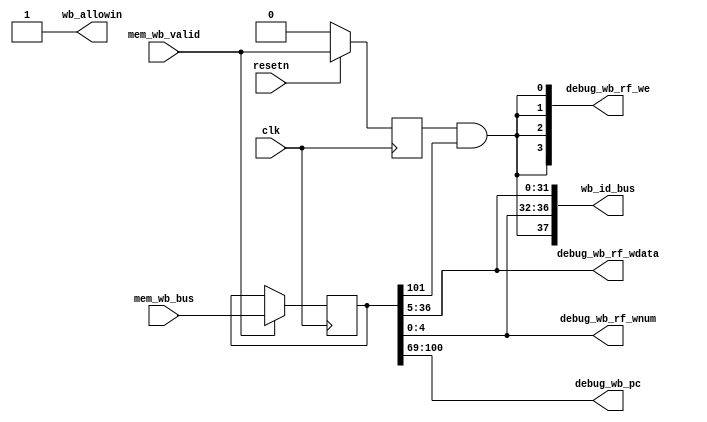
//
module WB (
    input           clk,
    input           resetn,
    //MEM
    output          wb_allowin,
    input           mem_wb_valid,
    input   [101:0] mem_wb_bus,
    //ID
    output  [ 37:0] wb_id_bus,
    //debug
    output  [ 31:0] debug_wb_pc,
    output  [  3:0] debug_wb_rf_we,
    output  [  4:0] debug_wb_rf_wnum,
    output  [ 31:0] debug_wb_rf_wdata
);
    //
    reg             wb_valid;
    reg     [101:0] mem_wb_bus_vld;
    wire            wb_ready_go;
    wire            gr_we;
    wire            rf_we;
    wire    [ 31:0] wb_pc;
    wire    [ 31:0] wb_inst;
    wire    [ 31:0] final_result;
    wire    [  4:0] rf_waddr;
    wire    [ 31:0] rf_wdata;
    wire    [  4:0] dest;
    assign wb_ready_go = 1'b1;
    assign wb_allowin = wb_ready_go | ~wb_valid;
    always @(posedge clk ) begin
        if (~resetn) begin
            wb_valid <= 1'b0;
        end
        else if (wb_allowin) begin
            wb_valid <= mem_wb_valid;
        end
    end
    always @(posedge clk ) begin
        if (mem_wb_valid & wb_allowin) begin
            mem_wb_bus_vld <= mem_wb_bus;
        end
    end
    assign  {
        gr_we, wb_pc, wb_inst, final_result, dest
    } = mem_wb_bus_vld;
    assign  rf_we = wb_valid & gr_we;
    assign  rf_waddr = dest; 
    assign  rf_wdata = final_result;
    assign  wb_id_bus = {
        rf_we, rf_waddr, rf_wdata
    };
    assign  debug_wb_pc = wb_pc;
    assign  debug_wb_rf_we = {4{rf_we}};
    assign  debug_wb_rf_wnum = rf_waddr;
    assign  debug_wb_rf_wdata = final_result;
endmodule